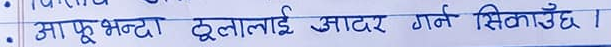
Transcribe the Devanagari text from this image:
आफूभन्दा ठुलालाई आदर गर्न सिकाउँछ ।